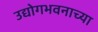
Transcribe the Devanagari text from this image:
उद्योगभवनाच्या